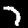
Label: 7